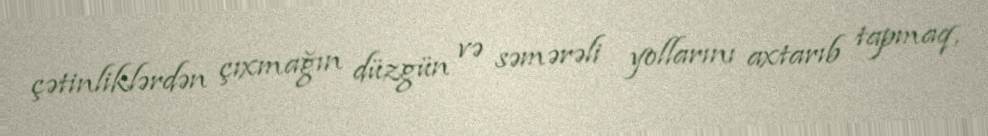
çətinliklərdən çıxmağın düzgün və səmərəli yollarını axtarıb tapmaq,